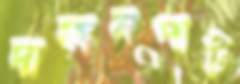
দাকানপাট